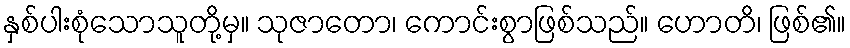
နှစ်ပါးစုံသောသူတို့မှ။ သုဇာတော၊ ကောင်းစွာဖြစ်သည်။ ဟောတိ၊ ဖြစ်၏။